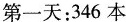
第一天：346本